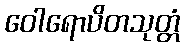
ဝေါရောပိတသုတ္တံ